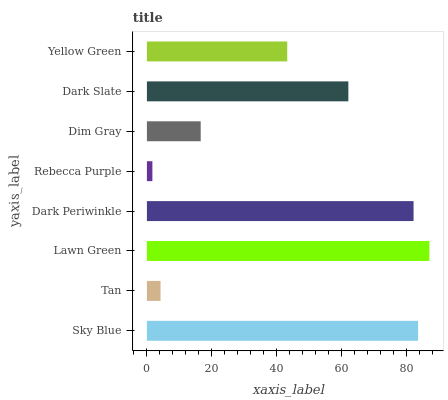
| yaxis_label | bars |
 | --- | --- |
 | Sky Blue | 83.7 |
 | Tan | 4.21 |
 | Lawn Green | 87.1 |
 | Dark Periwinkle | 82.3 |
 | Rebecca Purple | 1.69 |
 | Dim Gray | 16.6 |
 | Dark Slate | 62.1 |
 | Yellow Green | 43.3 |